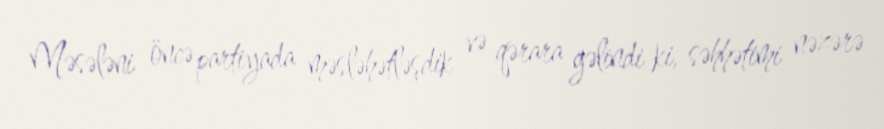
Məsələni öncə partiyada məsləhətləşdik və qərara gəlindi ki, səhhətimi nəzərə